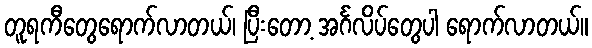
တူရကီတွေရောက်လာတယ်၊ ပြီးတော့ အင်္ဂလိပ်တွေပါ ရောက်လာတယ်။